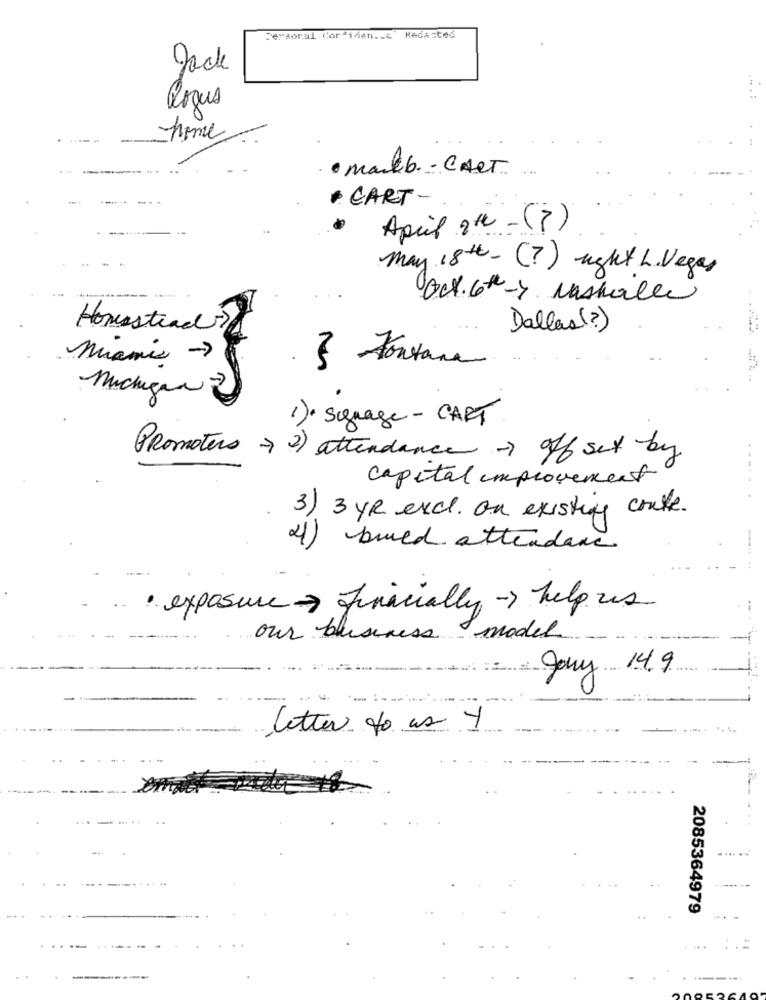
Persoral Cor isAn .. ""
Redasted
Rogus
----
home
...
· mailb .- CAST
-.
· CART-
April 2th - (?)
May 18th - (?) ught L. Vegas
Oct. 6th-> lashalle
Homestead
Dallas (?)
miami ->
} Fontana
Michigan
1). sguage- CART
Promoters -> 2) attendance > off set by
capital improvement
3) 3 YR excl. on existing coute.
4)
buved attendance
· exposure > financially -> help us
our business model
Jony 14.9
letter to as y
.... ...
2085364979
--
...
--
.. .